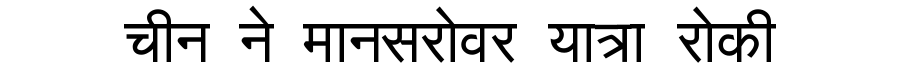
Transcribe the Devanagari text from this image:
चीन ने मानसरोवर यात्रा रोकी